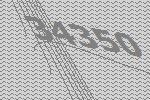
34350